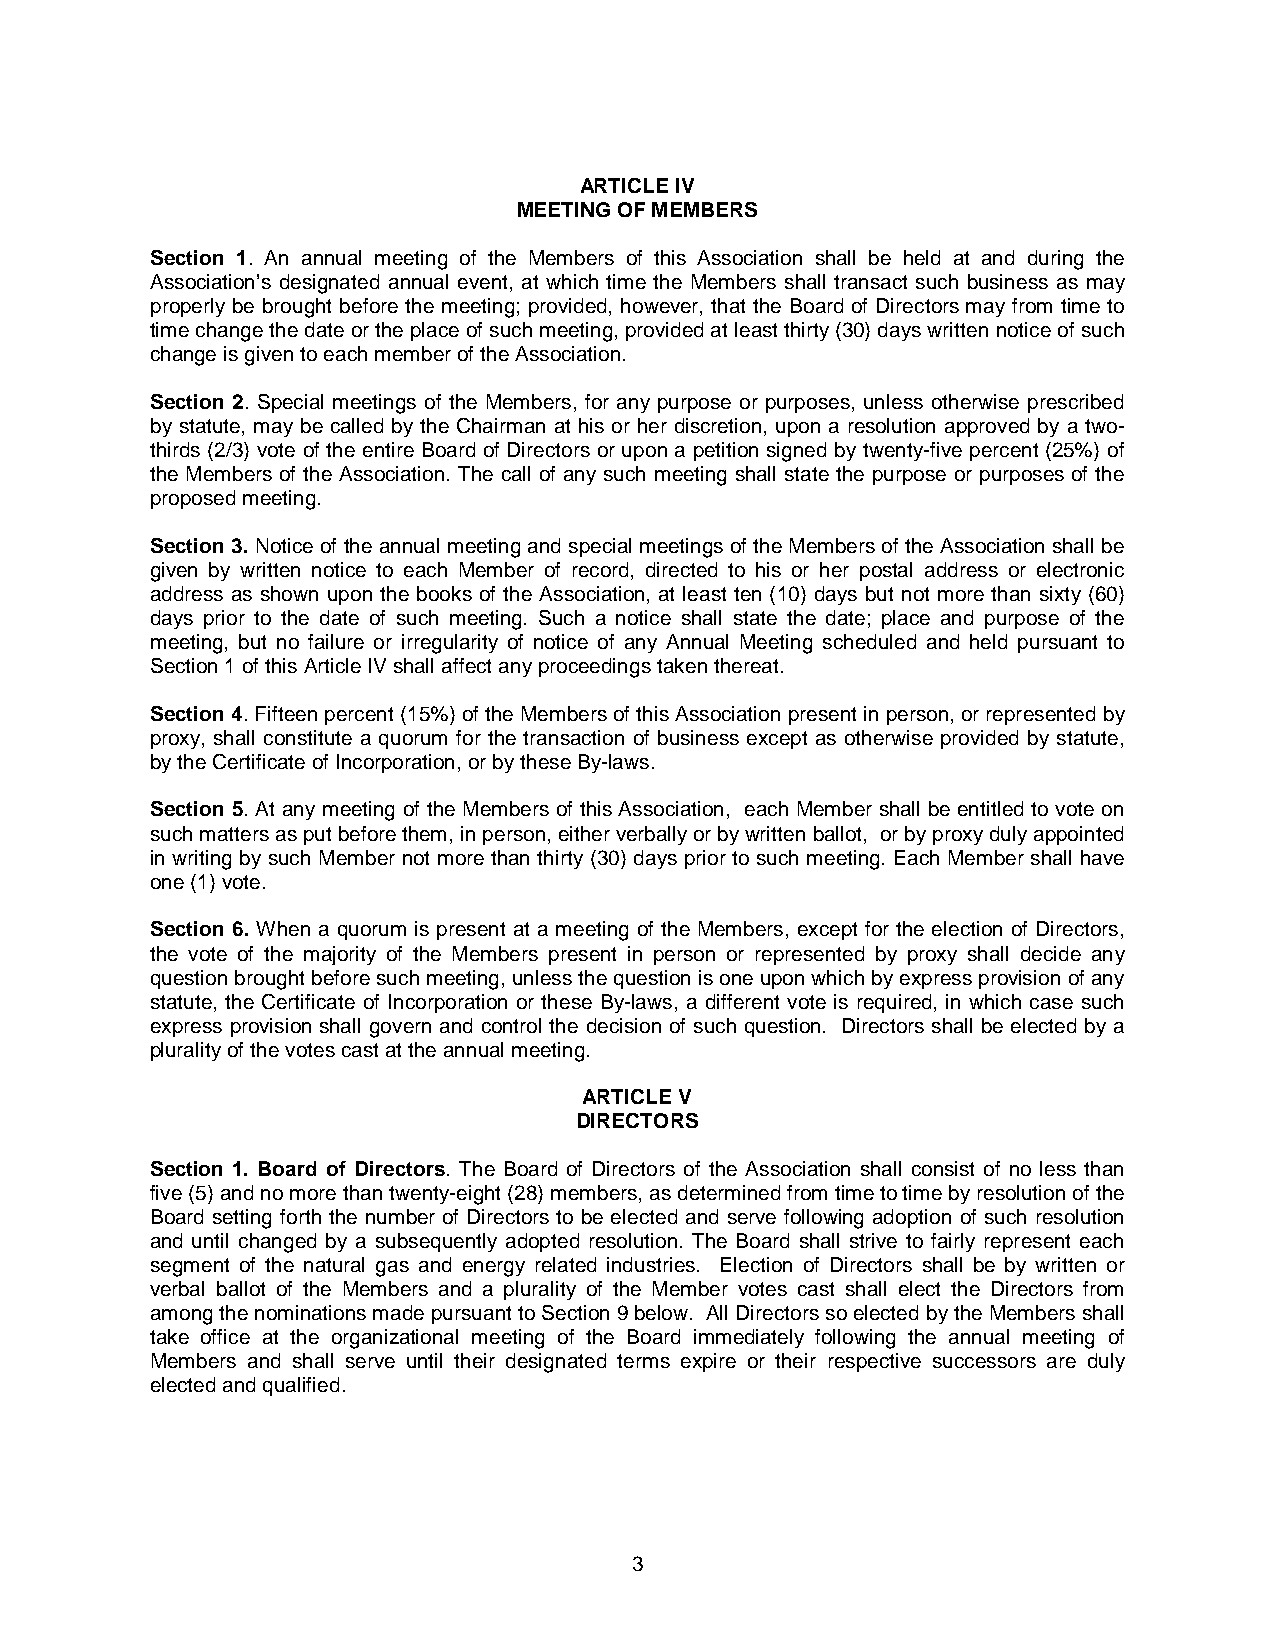
ARTICLE IV
 MEETING OF MEMBERS
 Section 1. An annual meeting of the Members of this Association shall be held at and during the
 Association’s designated annual event, at which time the Members shall transact such business as may
 properly be brought before the meeting; provided, however, that the Board of Directors may from time to
 time change the date or the place of such meeting, provided at least thirty (30) days written notice of such
 change is given to each member of the Association.
 Section 2. Special meetings of the Members, for any purpose or purposes, unless otherwise prescribed
 by statute, may be called by the Chairman at his or her discretion, upon a resolution approved by a two-
 thirds (2/3) vote of the entire Board of Directors or upon a petition signed by twenty-five percent (25%) of
 the Members of the Association. The call of any such meeting shall state the purpose or purposes of the
 proposed meeting.
 Section 3. Notice of the annual meeting and special meetings of the Members of the Association shall be
 given by written notice to each Member of record, directed to his or her postal address or electronic
 address as shown upon the books of the Association, at least ten (10) days but not more than sixty (60)
 days prior to the date of such meeting. Such a notice shall state the date; place and purpose of the
 meeting, but no failure or irregularity of notice of any Annual Meeting scheduled and held pursuant to
 Section 1 of this Article IV shall affect any proceedings taken thereat.
 Section 4. Fifteen percent (15%) of the Members of this Association present in person, or represented by
 proxy, shall constitute a quorum for the transaction of business except as otherwise provided by statute,
 by the Certificate of Incorporation, or by these By-laws.
 Section 5. At any meeting of the Members of this Association, each Member shall be entitled to vote on
 such matters as put before them, in person, either verbally or by written ballot, or by proxy duly appointed
 in writing by such Member not more than thirty (30) days prior to such meeting. Each Member shall have
 one (1) vote.
 Section 6. When a quorum is present at a meeting of the Members, except for the election of Directors,
 the vote of the majority of the Members present in person or represented by proxy shall decide any
 question brought before such meeting, unless the question is one upon which by express provision of any
 statute, the Certificate of Incorporation or these By-laws, a different vote is required, in which case such
 express provision shall govern and control the decision of such question. Directors shall be elected by a
 plurality of the votes cast at the annual meeting.
 ARTICLE V
 DIRECTORS
 Section 1. Board of Directors. The Board of Directors of the Association shall consist of no less than
 five (5) and no more than twenty-eight (28) members, as determined from time to time by resolution of the
 Board setting forth the number of Directors to be elected and serve following adoption of such resolution
 and until changed by a subsequently adopted resolution. The Board shall strive to fairly represent each
 segment of the natural gas and energy related industries. Election of Directors shall be by written or
 verbal ballot of the Members and a plurality of the Member votes cast shall elect the Directors from
 among the nominations made pursuant to Section 9 below. All Directors so elected by the Members shall
 take office at the organizational meeting of the Board immediately following the annual meeting of
 Members and shall serve until their designated terms expire or their respective successors are duly
 elected and qualified.
 3